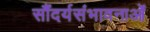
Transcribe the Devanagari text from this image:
सौंदर्यसंभावनाओं